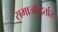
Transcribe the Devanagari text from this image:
समाजोद्धर्तारः